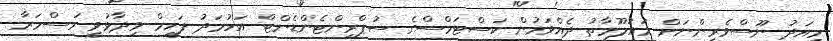
މިއަދު ނޫސްވެރިންނަށް މައުލޫމާތު ދެއްވަމުން ކަސްޓަމްސްގެ ސުޕްރިންޓެންޑެންޓް އަހުމަދު ފަހީމް ވިދާޅުވީ މަސްމަރާ